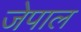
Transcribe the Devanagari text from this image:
जेपाल